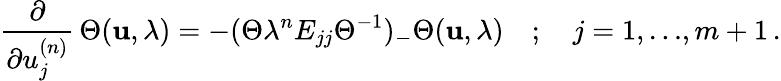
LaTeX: \frac{\partial}{\partial u_{j}^{(n)}}\, \Theta({\mathbf u},\lambda)=-(\Theta\lambda^{n}E_{jj}{\Theta}^{-1})_{-}\Theta({\mathbf u},\lambda)\quad;\quad j=1,{\ldots},m+1\, .